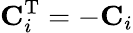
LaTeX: \mathbf{C}_{i}^{\textrm{T}}=-\mathbf{C}_{i}